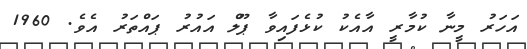
އަހަރު މީނާ ކުމާރީ އާއެކު ކުޅެފައިވާ ޕޫލް އައުރު ޕައްތަރު އެވެ. 1960